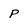
Character: P